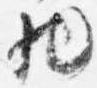
物